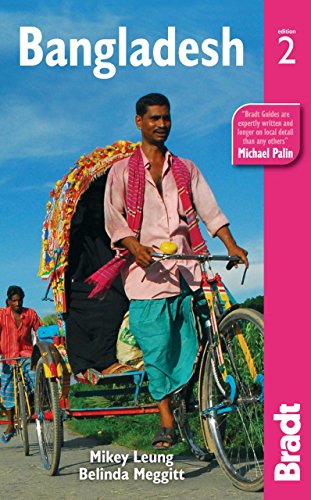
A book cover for Bangladesh (Bradt Travel Guide); Mikey Leung; Travel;